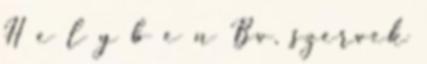
H e l y b e n Bv. szervek